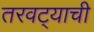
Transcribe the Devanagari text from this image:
तरवट्याची